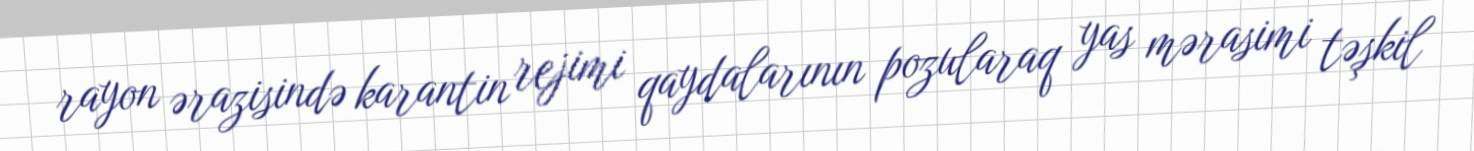
rayon ərazisində karantin rejimi qaydalarının pozularaq yas mərasimi təşkil